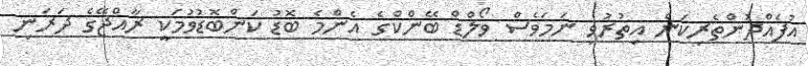
އުފެއްދުންތެރިކަން އިތުރުވި ނަމަވެސް ވޯލްޑް ބޭންކްގެ އެންމެ ބޮޑު ކަންބޮޑުވުމަކީ ރާއްޖޭގެ ދަރަނި